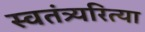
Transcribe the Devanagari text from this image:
स्वतंत्र्यरित्या